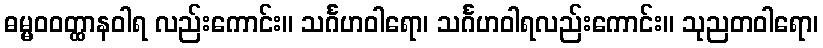
ဓမ္မဝဝတ္ထာနဝါရ လည်းကောင်း။ သင်္ဂဟဝါရော၊ သင်္ဂဟဝါရလည်းကောင်း။ သုညတဝါရော၊